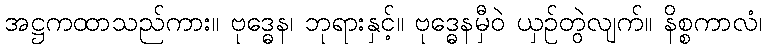
အဋ္ဌကထာသည်ကား။ ဗုဒ္ဓေန၊ ဘုရားနှင့်။ ဗုဒ္ဓေနမှီဝဲ ယှဉ်တွဲလျက်။ နိစ္စကာလံ၊